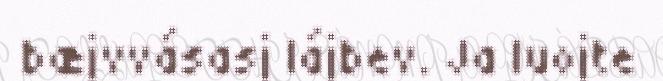
bæjvvásasj lájbev. Ja luojte